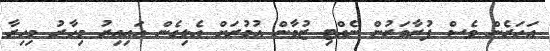
އަހަރެން ވެސް ފުރާވަރުން ނެއްޓި ޒުވާން އުމުރަށް އެޅިގެން އައިއިރު މިހާރު މިހިރާ